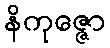
နိကုဇ္ဇော